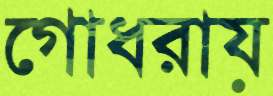
গোধরায়